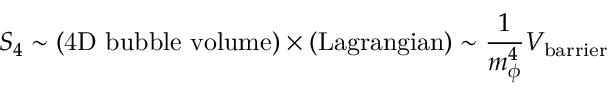
S _ { 4 } \sim ( \mathrm { 4 D ~ b u b b l e ~ v o l u m e } ) \times ( \mathrm { L a g r a n g i a n } ) \sim \frac { 1 } { m _ { \phi } ^ { 4 } } V _ { \mathrm { b a r r i e r } }